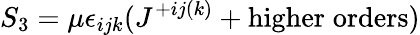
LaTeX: S_{3}=\mu\epsilon_{ijk}(J^{+ij(k)}+\mathrm{higher\; orders})